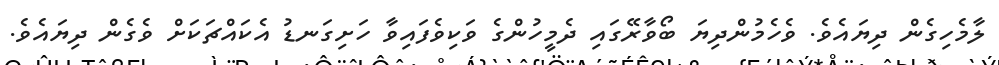
ލާމެހިގެން ދިޔައެވެ. ވެހެމުންދިޔަ ބޯވާރޭގައި ދެމީހުންގެ ވަކިވެފައިވާ ހަށިގަނޑު އެކައްޗަކަށް ވެގެން ދިޔައެވެ.